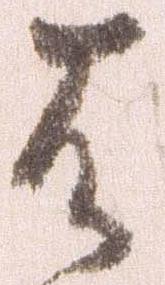
は